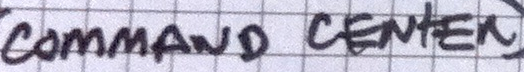
COMMAND CENTER